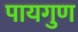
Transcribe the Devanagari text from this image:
पायगुण